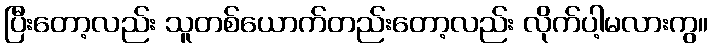
ပြီးတော့လည်း သူတစ်ယောက်တည်းတော့လည်း လိုက်ပါ့မလားကွ။